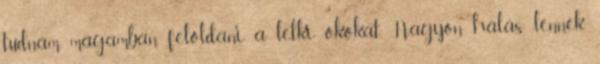
tudnám magamban feloldani a lelki okokat. Nagyon hálás lennék,